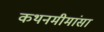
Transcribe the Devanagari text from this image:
कथनमीमांसा